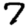
Digit: 7